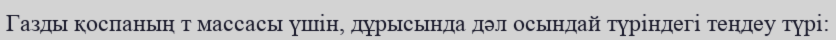
Газды қоспаның т массасы үшін, дұрысында дәл осындай түріндегі теңдеу түрі: